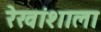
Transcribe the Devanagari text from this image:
रेखांशाला